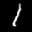
Label: 1